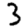
Digit: 3